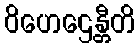
ဝိဟေဌေန္တီတိ